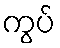
ကွပ်